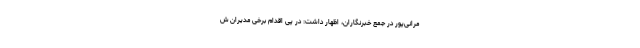
مرانی‌پور در جمع خبرنگاران، اظهار داشت: در پی اقدام برخی مدیران ش